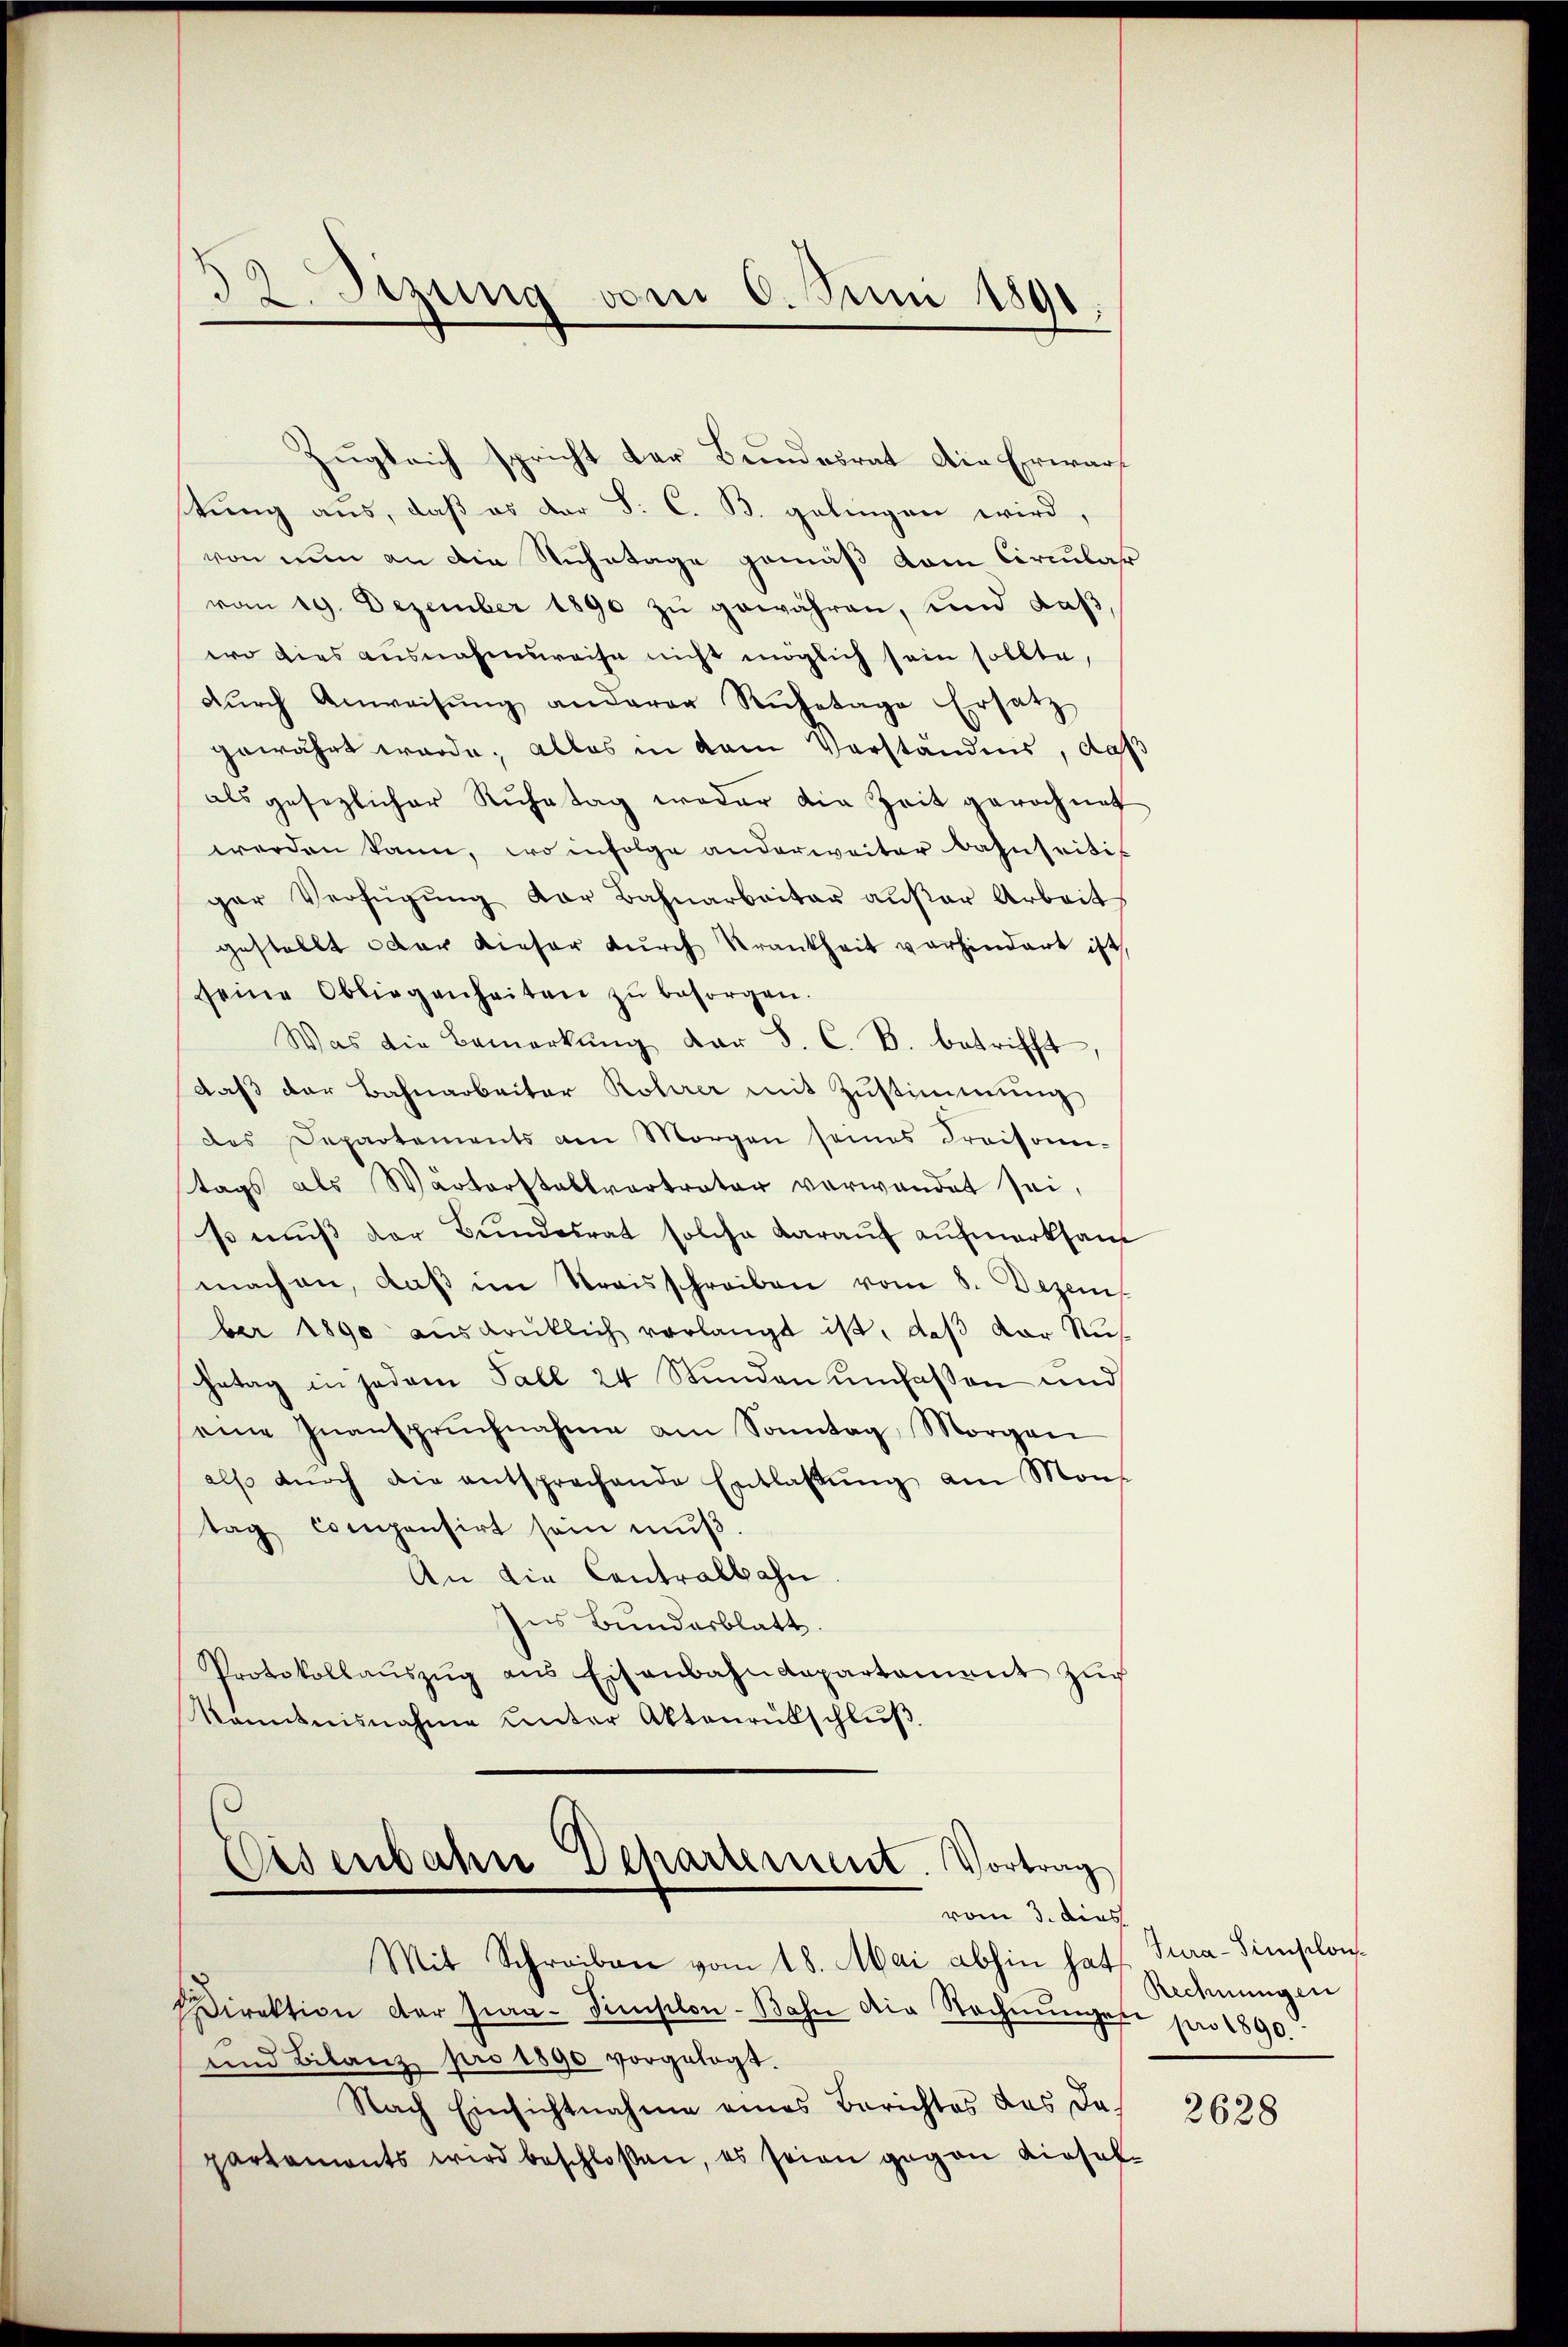
32. Stzung vom 6. Juni 1891.

Zugleich spricht der Bundesrat die Erwarf
tung aus, daß es der S. C. B. gelingen wird,
von nun an die Ruhetage gemäß vom Circular
von 19. Dezember 1890 zu gewähren, und daß,
wo dies ausnahmsweise nicht möglich sein sollte,
dŭrch Anweisŭng anderer Rŭhetage Ersatz
gewährt werde; alles in dem Verständnis, daß
als gesezlicher Ruhetag weder die Zeit gerochnet
werden kann, wo infolge anderweiter Bahnseitis
ger Verfügŭng der Bahnarbeiter außer Arbeit
gestellt oder dieser dŭrch Krankheit vorhindert ist,
seine Obliegenheiten zŭ besorgen.
Was die Bemerkŭng der S. C. B. betrifft,
daß der Bahnarbeiter Rohrer mit Zustimmung
das Departements am Morgen seines Kraisoni-
tags als Warterstallvertrater verwandet sei,
ß muß der Bundesrat solche darauf aufmerksam
machen, daβ im Kreisschreiben vom 8. Dezem
ber 1890 ausdrücklich verlangt ist, daß der Rus
Getag in jedem Fall 24 Stunden umfassen und
eine Inansprŭchnahme am Sonntag Morgan
also dŭrch die entsprechende Entlassŭng am Mons
tag compensirt sein mŭβ.
An die Centralbahn.
Ins Bundesblatt.
Protokollaŭszŭg aŭs Eisenbahndepartament zŭr
känntnisnahme unter Aktenrübschluß.

Eisenbahn Departement. Vortrag
vom 3. dies
Mit Schreiben vom 18. Mai abhin hat. Tura-Simplon¬

Direktion der Jia-Simplon-Bahn die Rechnŭngen pro 1890.
und Bilanzpro 1890 vorgelegt.
Nach Einsichtnahme eines Berichtes das da-
partements wird beschloßen, es seien gegen diesel-

Rechnungen

2628